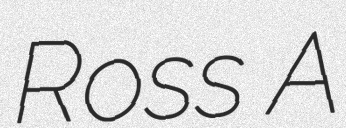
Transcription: Ross A